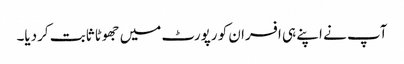
آپ نے اپنے ہی افسران کو رپورٹ میں جھوٹا ثابت کردیا۔